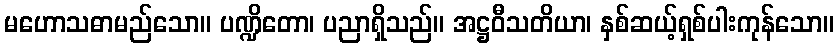
မဟောသဓာမည်သော။ ပဏ္ဍိတော၊ ပညာရှိသည်။ အဋ္ဌဝီသတိယာ၊ နှစ်ဆယ့်ရှစ်ပါးကုန်သော။